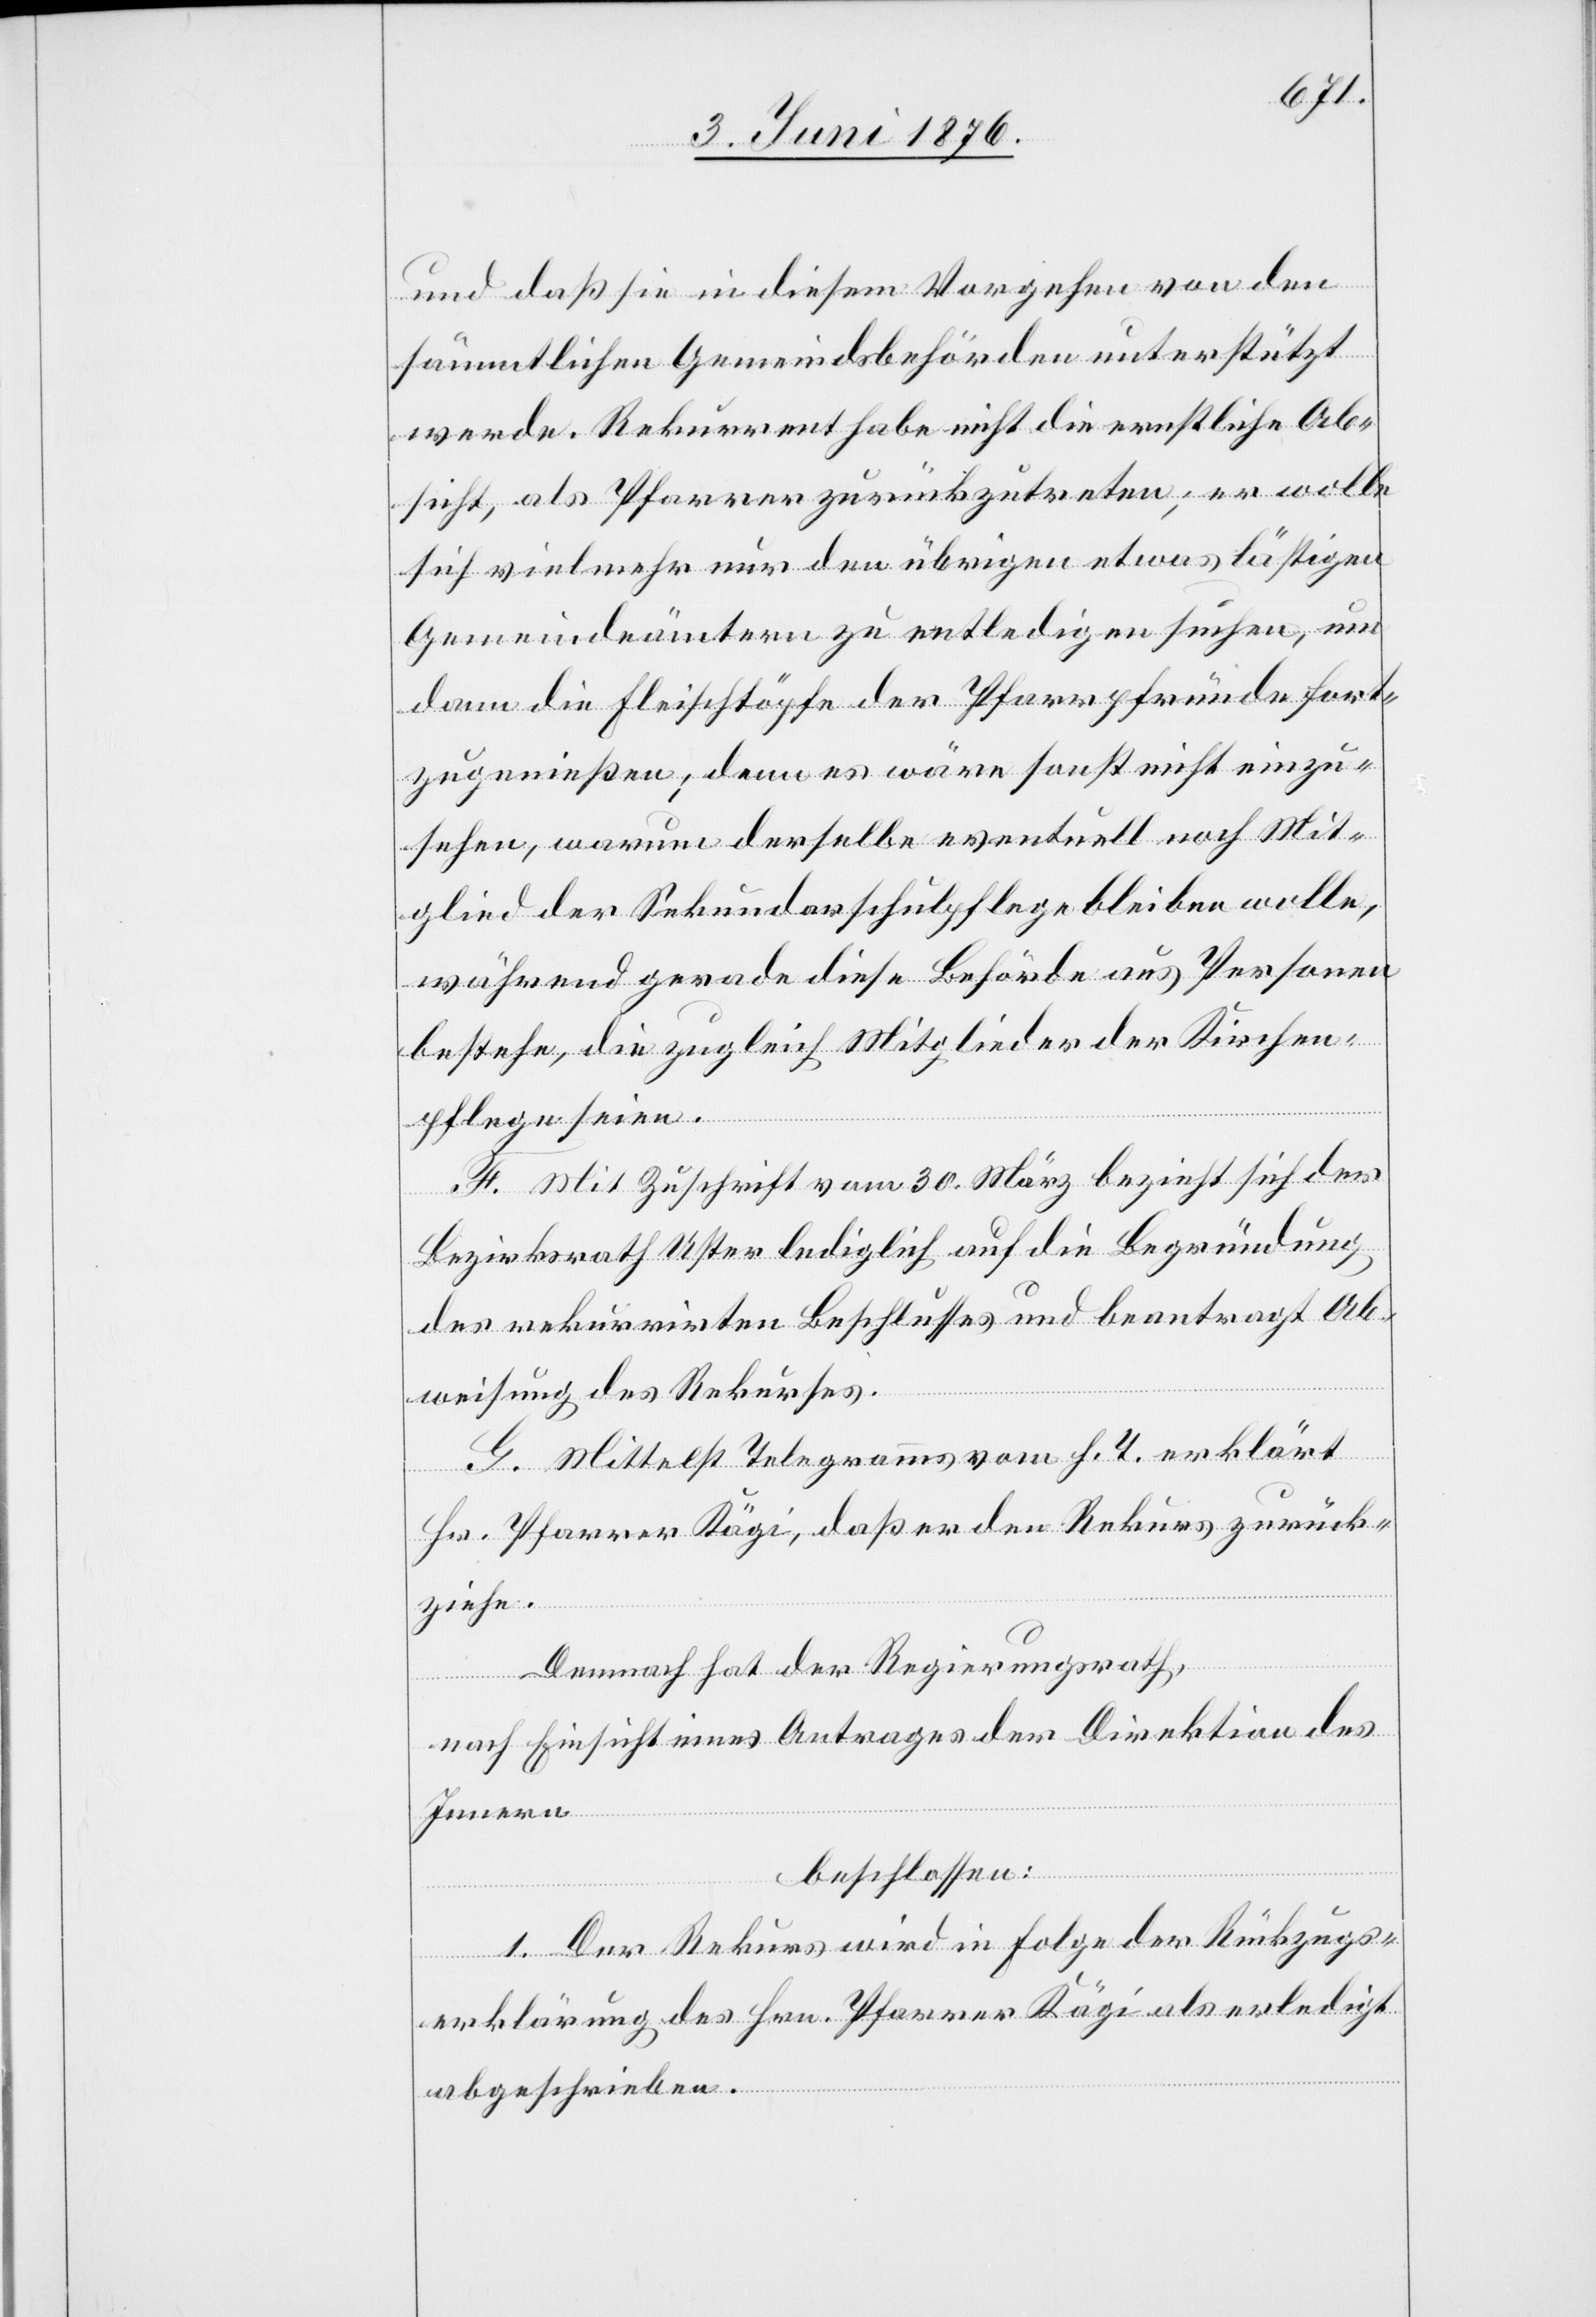
und daß sie in diesem Vorgehen von den
sämmtlichen Gemeindsbehörden unterstützt
werde. Rekurrent habe nicht die ernstliche Ab¬
sicht, als Pfarrer zurückzutreten; er solle
sich vielmehr nur den übrigen etwas lästigen
Gemeindeämtern zu entledigen suchen, um
dann die Fleischtöpfe der Pfarrpfründe fort¬
zugenießen; denn es wäre sonst nicht einzu¬
sehen, warum derselbe eventuell noch Mit¬
glied der Sekundarschulpflege bleiben wolle,
während gerade diese Behörde aus Personen
bestehe, die zugleich Mitglieder der Kirchen¬
pflege seien.
F. Mit Zuschrift vom 30. März bezieht sich der
Bezirksrath Uster lediglich auf die Begründung
des rekurrirten Beschlusses und beantragt Ab¬
weisung des Rekurses.
G. Mittelst Telegrammes vom h. T. erklärt
Hr. Pfarrer Kägi, daß er den Rekurs zurück¬
ziehe.
Demnach hat der Regierungsrath,
nach Einsicht eines Antrages der Direktion des
Innern
beschlossen:
1. Der Rekurs wird in Folge der Rückzugs¬
erklärung des Hrn. Pfarrer Kägi als erledigt
abgeschrieben.